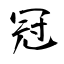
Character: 冠